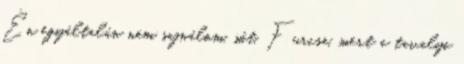
Én egyáltalán nem sajnálom, sőt. Furcsa, mert a tavalyi